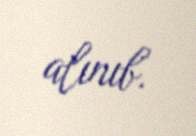
alınıb.